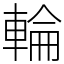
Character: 輪